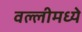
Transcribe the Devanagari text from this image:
वल्लीमध्ये